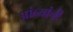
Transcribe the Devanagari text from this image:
आंब्यांची